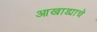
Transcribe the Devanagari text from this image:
आखाड्याचे